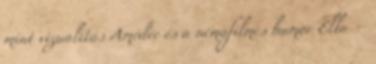
mint vizualitás Amédée és a némafilmes humor Ella –